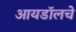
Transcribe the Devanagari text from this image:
आयडॉलचे